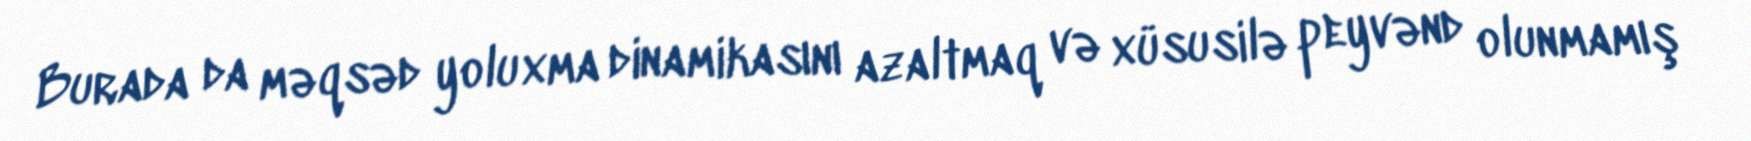
Burada da məqsəd yoluxma dinamikasını azaltmaq və xüsusilə peyvənd olunmamış